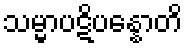
သမ္မာပဋိပန္နောတိ